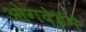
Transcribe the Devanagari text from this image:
ओगदेईने